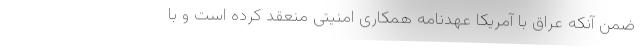
ضمن آنکه عراق با آمریکا عهدنامه همکاری امنیتی منعقد کرده است و با